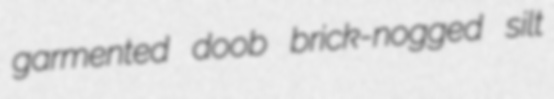
garmented doob brick-nogged silt